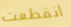
انقطعت